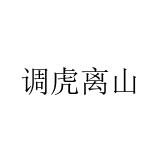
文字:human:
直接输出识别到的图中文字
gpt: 调虎离山